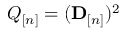
Q _ { [ n ] } = ( { \mathbf D } _ { [ n ] } ) ^ { 2 }